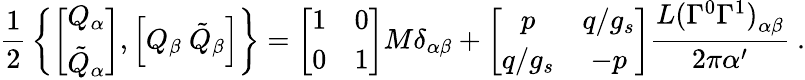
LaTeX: {\frac{1}{2}}\left\{ \left[\begin{array}{c}{{Q_{\alpha}}}\\ {{\tilde{Q}_{\alpha}}}\end{array}\right],\left[Q_{\beta}\ \tilde{Q}_{\beta}\right]\right\} =\left[\begin{array}{cc}{{1}}&{{0}}\\ {{0}}&{{1}}\end{array}\right]M\delta_{\alpha\beta}+\left[\begin{array}{cc}{{p}}&{{q/g_{s}}}\\ {{q/g_{s}}}&{{-p}}\end{array}\right]{\frac{{L(\Gamma^{0}\Gamma^{1})}_{\alpha\beta}}{2\pi{\alpha^{\prime}}}}\ .